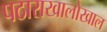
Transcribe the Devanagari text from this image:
पठाराखालोखाल